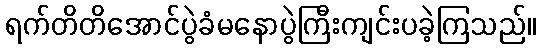
ရက်တိတိအောင်ပွဲခံမနောပွဲကြီးကျင်းပခဲ့ကြသည်။